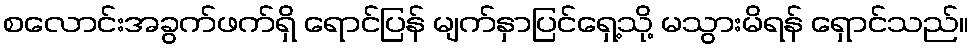
စလောင်းအခွက်ဖက်ရှိ ရောင်ပြန် မျက်နှာပြင်ရှေ့သို့ မသွားမိရန် ရှောင်သည်။